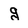
Character: g